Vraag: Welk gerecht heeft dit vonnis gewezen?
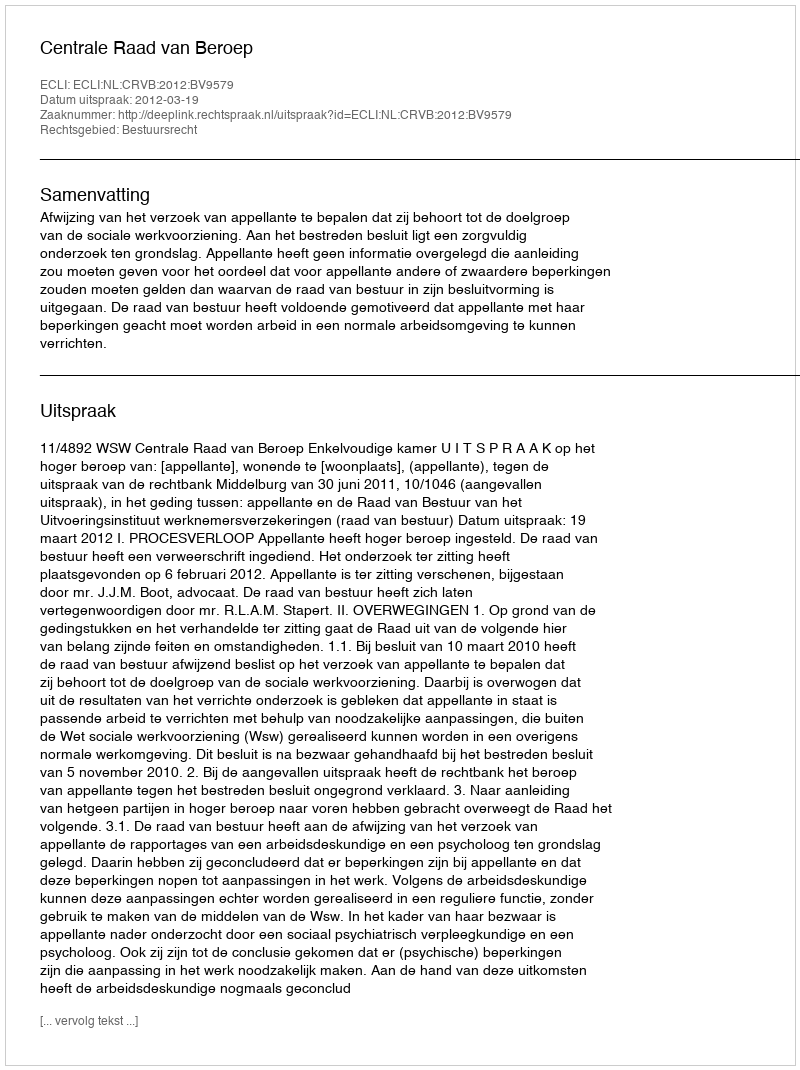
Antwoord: Centrale Raad van Beroep